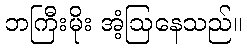
ဘကြီးမိုး အံ့ဩနေသည်။